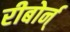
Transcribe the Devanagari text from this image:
रीबोर्न्